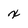
Character: x